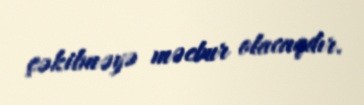
çəkilməyə məcbur olacaqdır.